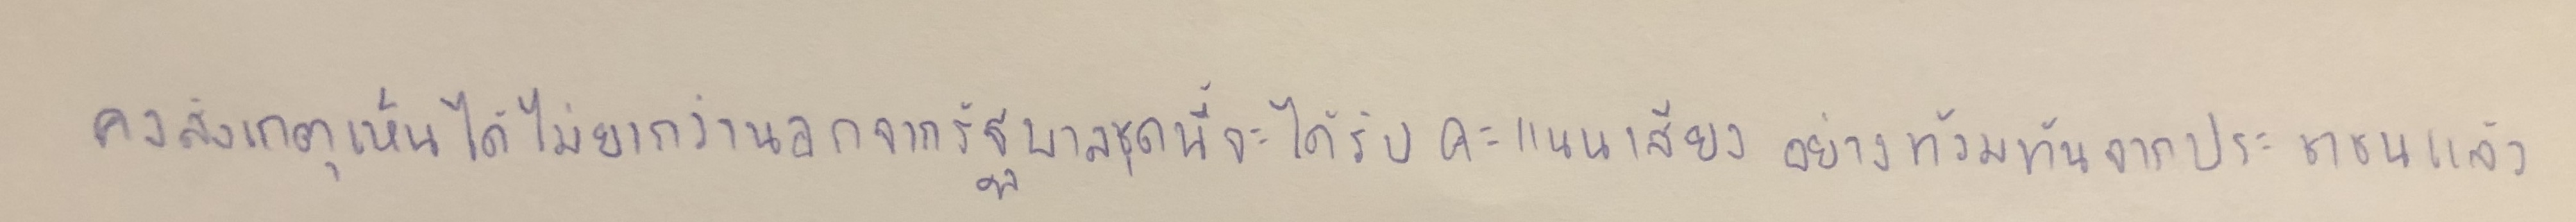
คงสังเกตเห็นได้ไม่ยากว่านอกจากรัฐบาลชุดนี้จะได้รับคะแนนเสียงอย่างท้วมท้นจากประชาชนแล้ว